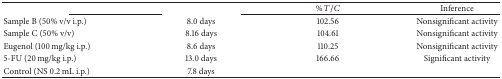
<table><thead><tr><td>[EMPTY_CELL]</td><td>[EMPTY_CELL]</td><td><b>% <i>T</i>/<i>C</i></b></td><td><b>Inference</b></td></tr></thead><tbody><tr><td>Sample B (50% v/v i.p.)</td><td>8.0 days</td><td>102.56</td><td>Nonsignificant activity</td></tr><tr><td>Sample C (50% v/v)</td><td>8.16 days</td><td>104.61</td><td>Nonsignificant activity</td></tr><tr><td>Eugenol (100 mg/kg i.p.)</td><td>8.6 days</td><td>110.25</td><td>Nonsignificant activity</td></tr><tr><td>5-FU (20 mg/kg i.p.)</td><td>13.0 days</td><td>166.66</td><td>Significant activity</td></tr><tr><td>Control (NS 0.2 mL i.p.)</td><td>7.8 days</td><td>[EMPTY_CELL]</td><td>[EMPTY_CELL]</td></tr></tbody></table>